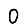
Digit: 0